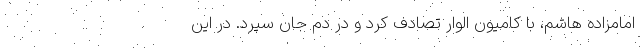
امامزاده هاشم، با کامیون الوار تصادف کرد و در دم جان سپرد. در این